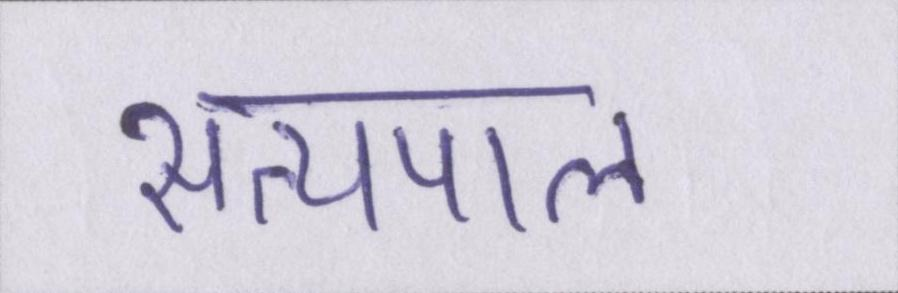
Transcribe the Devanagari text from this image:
सत्यपाल